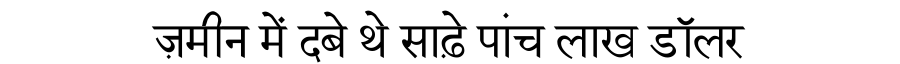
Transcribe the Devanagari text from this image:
ज़मीन में दबे थे साढ़े पांच लाख डॉलर